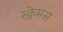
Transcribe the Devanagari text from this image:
स्क्वेमस